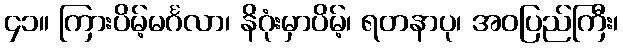
၄၁။ ကြားပိမ့်မင်္ဂလာ၊ နိဂုံးမှာပိမ့်၊ ရတနာပု၊ အဝပြည်ကြီး၊